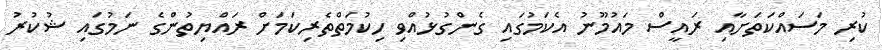
ކުރި މަސައްކަތަށާއި ރައީސް މައުމޫނު އެކަމުގައި ގެންގުޅުއްވި ހިކުމަތްތެރިކަމަށް ރައްޔިތުންގެ ނަމުގައި ޝުކުރު